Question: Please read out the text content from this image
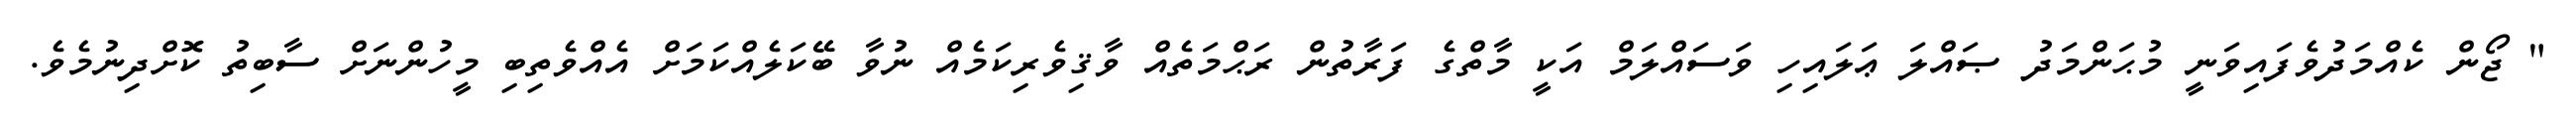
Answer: " ޖޯން ކެއްމަދުވެފައިވަނީ މުޙަންމަދު ޞައްލަ ޢަލައިހި ވަސައްލަމް އަކީ މާތްގެ ފަރާތުން ރަޙްމަތެއް ވާޤިވެރިކަމެއް ނުވާ ބޭކަލެއްކަމަށް އެއްވެތިބި މީހުންނަށް ސާބިތު ކޮށްދިނުމެވެ.